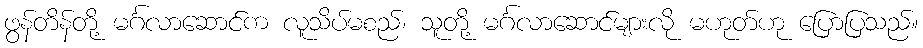
ဖွန်တိန်တို့ မင်္ဂလာဆောင်က လူသိပ်မစည်၊ သူတို့ မင်္ဂလာဆောင်များလို မဟုတ်ဟု ပြောပြသည်။